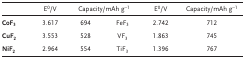
|  | E0/V | <COLSPAN=2> Capacity/mAh g−1 | E0/V | Capacity/mAh g−1 |
 | --- | --- | --- | --- | --- | --- |
 | CoF3 | 3.617 | 694 | FeF3 | 2.742 | 712 |
 | CuF2 | 3.553 | 528 | VF3 | 1.863 | 745 |
 | NiF2 | 2.964 | 554 | TiF3 | 1.396 | 767 |